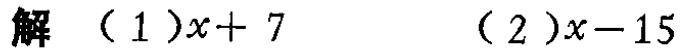
解 （1）\(x + 7\) （2）\(x - 15\)